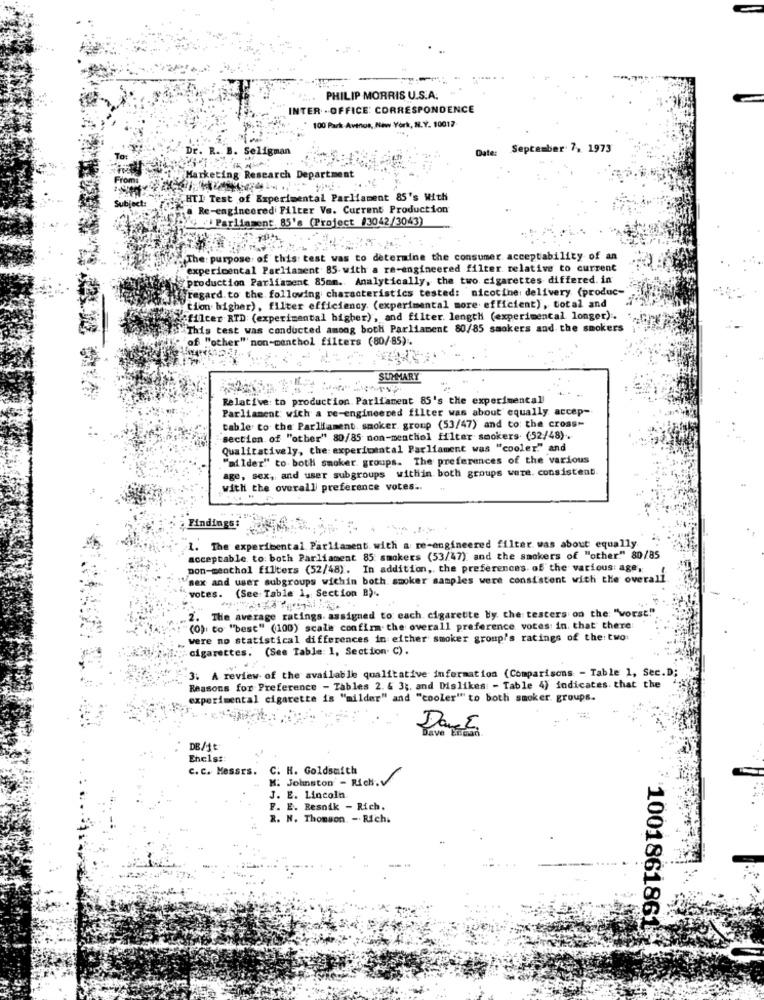
PHILIP MORRIS U.S.A.
INTER .OFFICE: CORRESPONDENCE
100 Park Avenos, New York, N.Y. 10017
DE.
. Seligman
Date:
September 7, 1973
Marketing Research Department
.HTI Test of Experimental Parliament 85's With
a Re-engineered Filter Vs. Current Production
kay Parliament. 85's (Project #3042/3043)
do The: purpose of this test was to determine the consumer acceptability of an
experimental Parliament 85-with a re-engineered filter relative to current
production Parliament 85mm. Analytically, the two cigarettes differed. in
regard. to the following characteristics tested: nicotine: delivery (produc-
tion higher), filter efficiency. (experimental more efficient), total and
afilter RTD: (experimental higher), and filter. length (experimental longer) .
This test was conducted among both Parliament 80/85 saokers and the smokers
of "other" non-menthol filters (80/85)
SUMMARY
Relative: to production. Parliament 85's the experimental
Parliament wich a re-engineered filter was about equally accep-
table to the Parliament. smoker. group (53/47) and to: the cross-
"section of "other" 80/85 non-menthol filter smokers (52/48).
Qualitatively, the experimental Parliament was "cooler"" and
"milder" to both smoker. groups. The preferences of the various
age, sex, and user subgroups within both groups were. consistent
with the overall preference votes ..
Findings:
1. The experimental Parliament with a re-engineered filter was about equally
acceptable to both Parliament 85 smokers (53/47) and the smokers of "other." 80/85
non-menthol filters (52/48). In addition, the preferences of the various: age,
sex and user subgroups wichin both smoker samples were consistent with the overall.
`votes. (See Table 1, Section B) ..
The average ratings. assigned to each cigarette by the testers on the: "vorst""
2.
(0), to "best" (100) scale confirm the overall preference votes: in, that there
were no statistical differences in either smoker group's ratings of the: two:
cigarettes. (See Table: 1, Section. C).
3. A review of the available qualitative information (Comparisons - Table 1, Sec.D;
Reasons for Preference - Tables 2. & 3 ;, and Dislikes - Table 4) indicates. that the
experimental cigarette is "milder" and "cooler" to both smoker. groups.
Dach
DB/1t
Ehelst
C. C. Messrs.
C. H. Goldsmith
K. Johnston - Rich.V
J. E. Lincoln.
F. E. Resnik - Rich.
R. N. Thomson. - Richi
1001861861